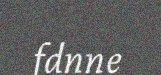
fdnne